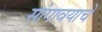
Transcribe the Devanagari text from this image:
सांगावयाचें